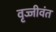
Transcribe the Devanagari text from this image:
वृज्जीवंत